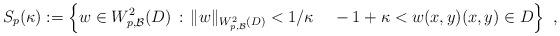
LaTeX: \begin{align*}S_p(\kappa) :=\left\{ w\in W_{p,\mathcal{B}}^2(D)\,:\, \|w\|_{W_{p,\mathcal{B}}^2(D)}< 1/\kappa \;\;\;\; -1+\kappa< w(x,y) (x,y)\in D \right\}\ , \end{align*}